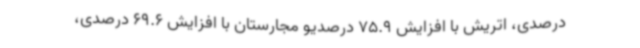
درصدی، اتریش با افزایش 75.9 درصدیو مجارستان با افزایش 69.6 درصدی،